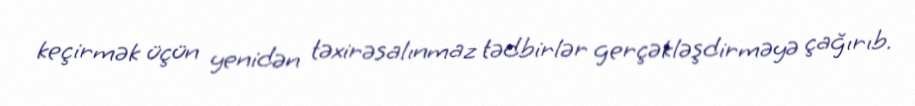
keçirmək üçün yenidən təxirəsalınmaz tədbirlər gerçəkləşdirməyə çağırıb.